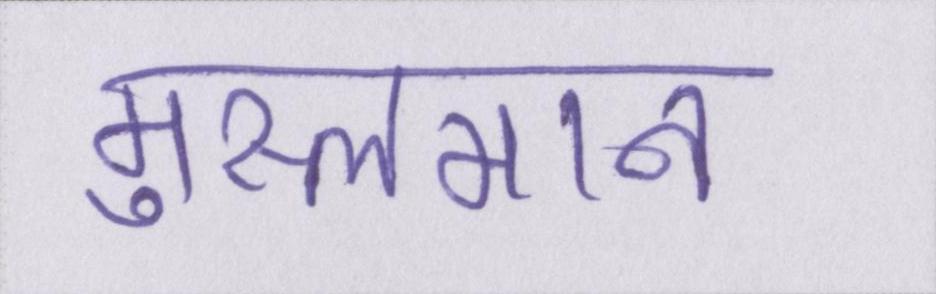
मुस्लमान